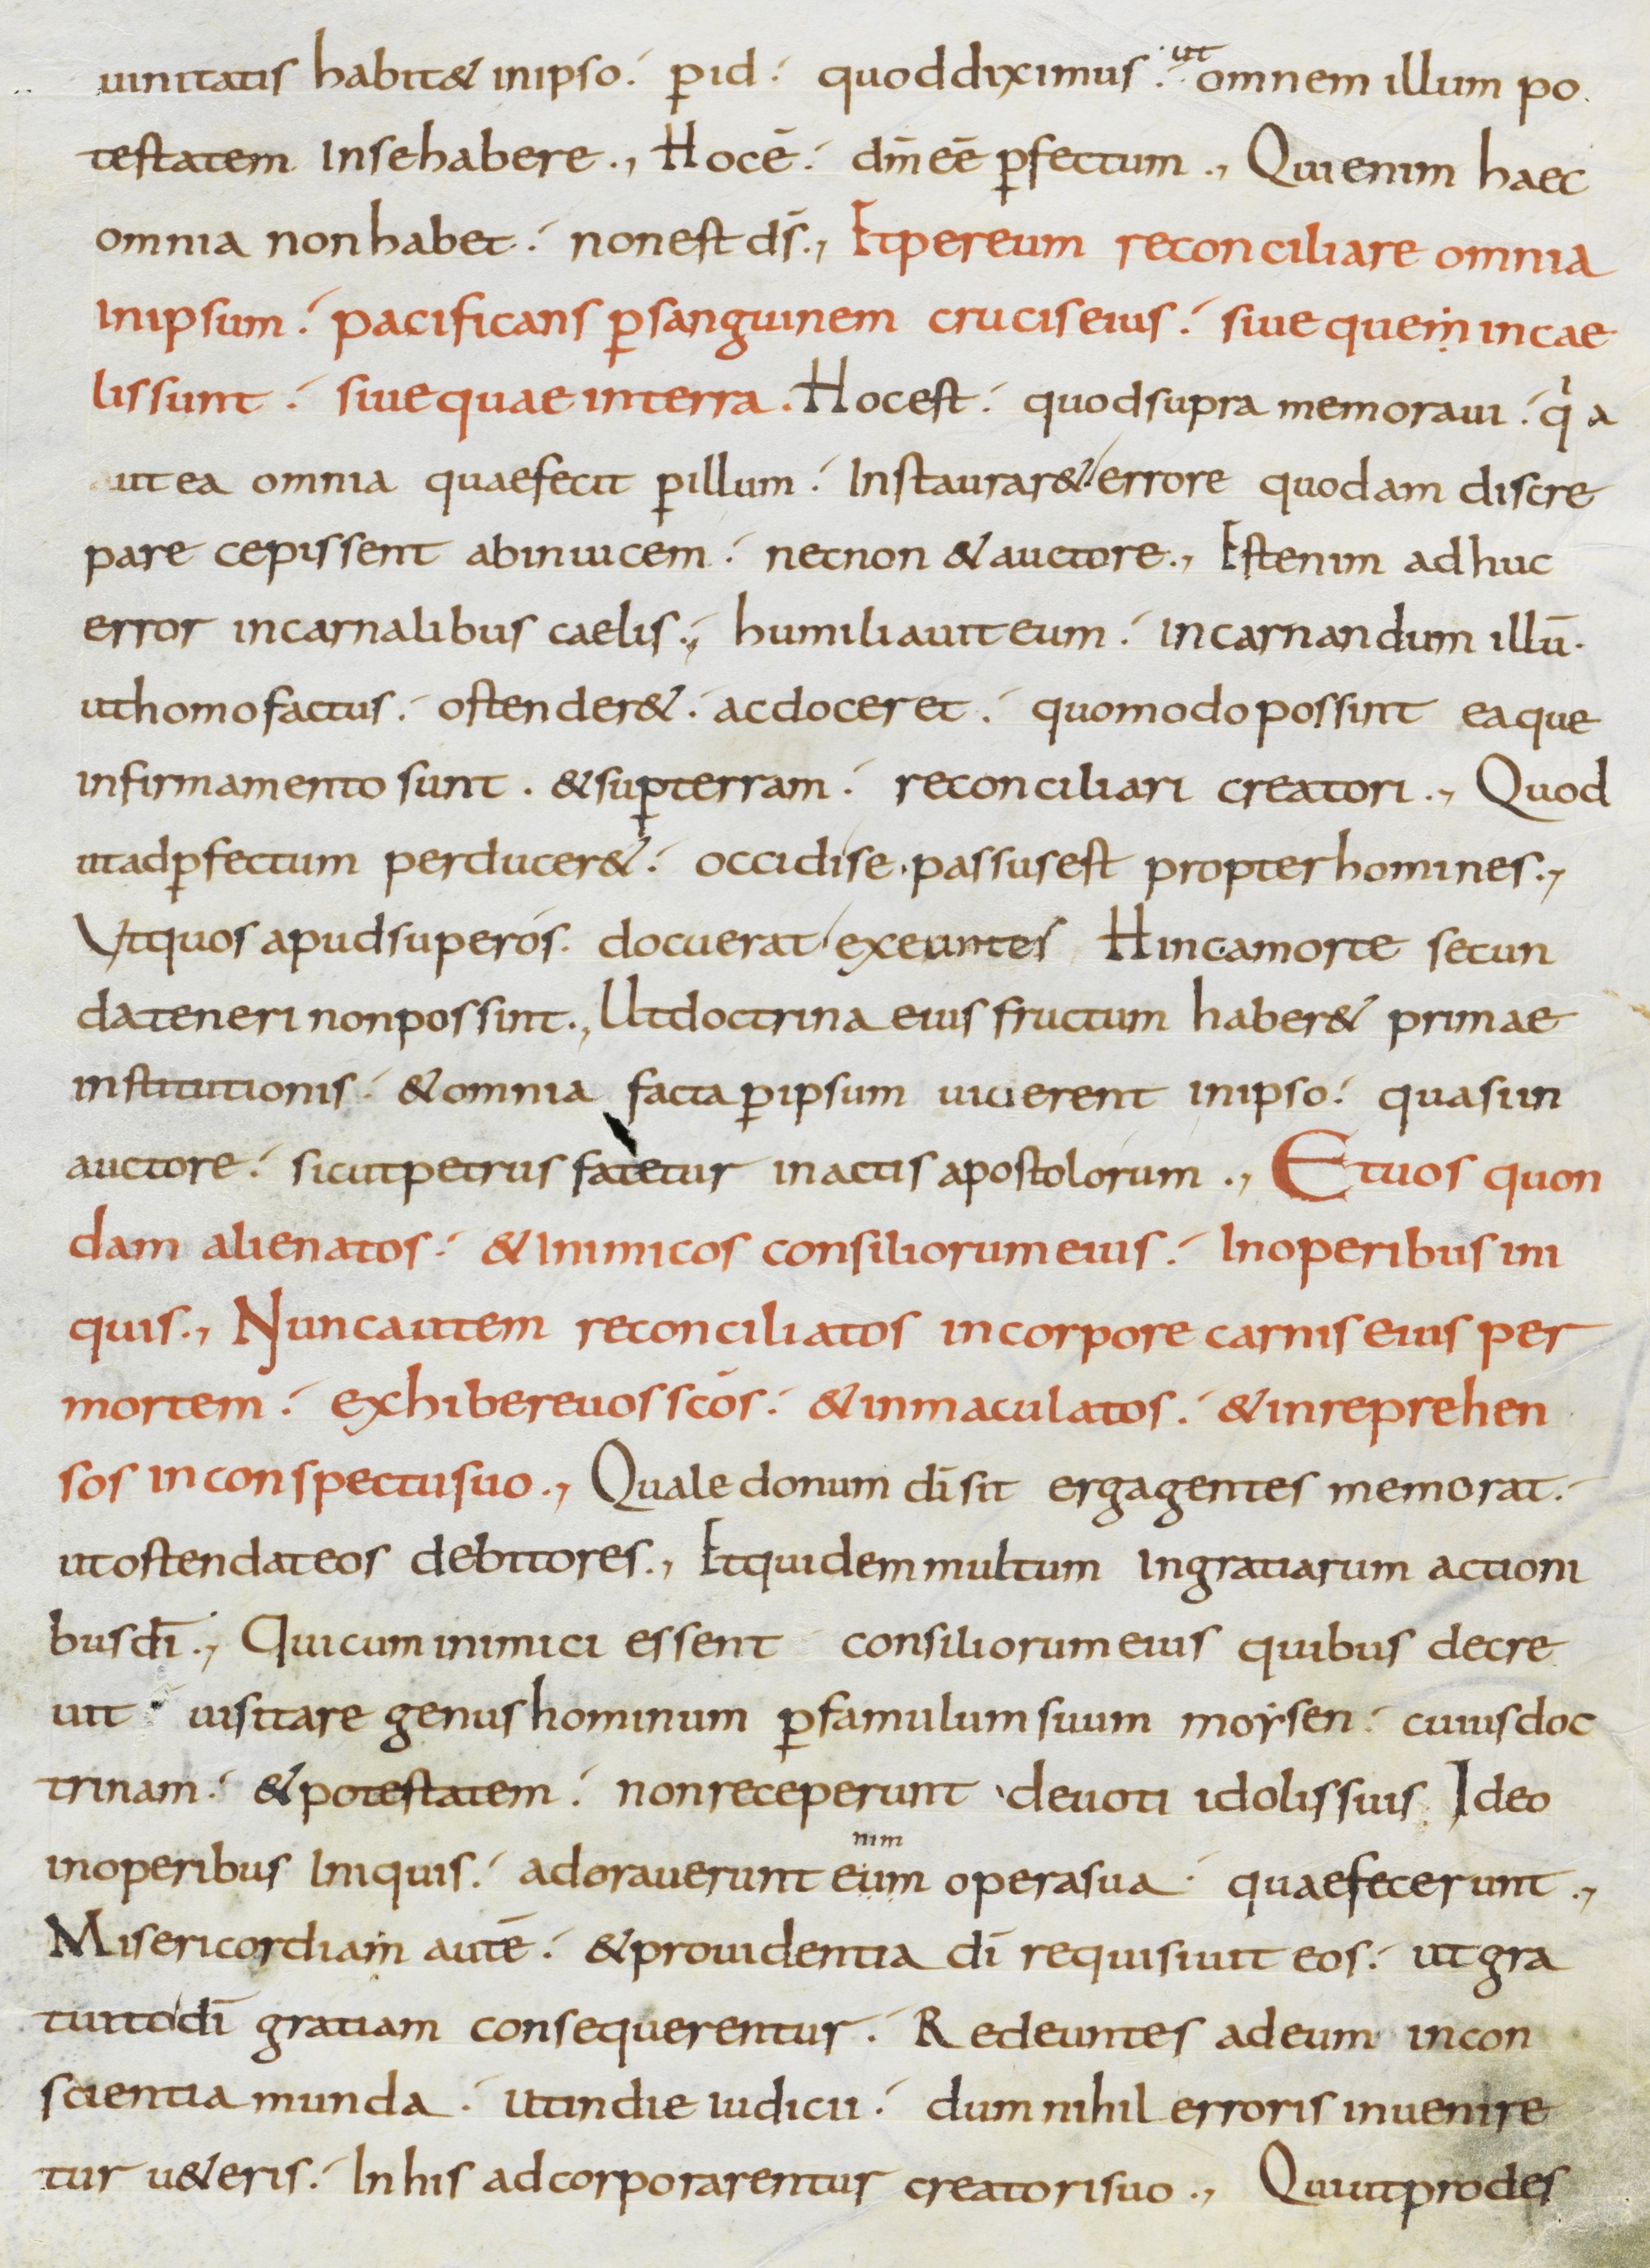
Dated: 800–899